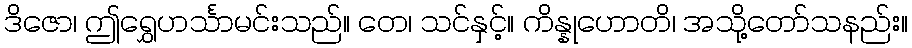
ဒိဇော၊ ဤရွှေဟင်္သာမင်းသည်။ တေ၊ သင်နှင့်။ ကိန္နုဟောတိ၊ အသို့တော်သနည်း။